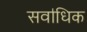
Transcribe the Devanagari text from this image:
सवा॑धिक